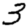
Digit: 3